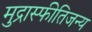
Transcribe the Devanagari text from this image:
मुद्रास्फीतिजन्य